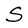
Character: S